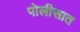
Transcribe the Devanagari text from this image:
पोलीसात